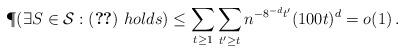
LaTeX: \begin{align*}\P(\exists S\in \mathcal S: \eqref{eq-enclose-Lambda-2r} ~ holds) \leq \sum_{t\geq 1}\sum_{t'\geq t} n^{-8^{-d}t'} (100t)^{d} = o(1)\,.\end{align*}